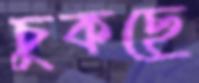
চুকছে